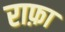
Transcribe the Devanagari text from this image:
राफ़ा